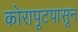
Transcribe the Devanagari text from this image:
कोरापूटपासून